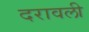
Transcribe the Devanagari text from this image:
दरावली